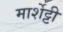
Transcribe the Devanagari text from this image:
मार्शेट्टी